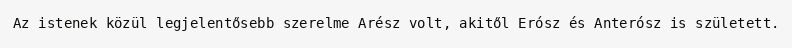
Az istenek közül legjelentősebb szerelme Arész volt, akitől Erósz és Anterósz is született.